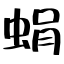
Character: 蜎